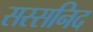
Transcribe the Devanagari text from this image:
सस्सनिद